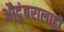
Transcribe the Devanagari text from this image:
औदुंबरालाही